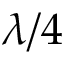
\protect \lambda / 4